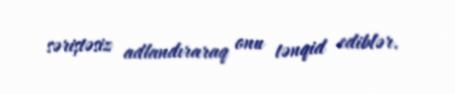
səriştəsiz adlandıraraq onu tənqid ediblər.